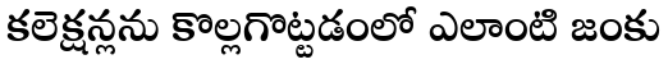
కలెక్షన్లను కొల్లగొట్టడంలో ఎలాంటి జంకు